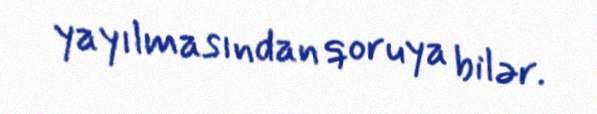
yayılmasından qoruya bilər.